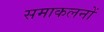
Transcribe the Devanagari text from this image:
समाकलनों